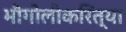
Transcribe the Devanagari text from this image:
भौगोलीकरित्या